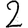
Digit: 2